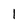
Character: 1